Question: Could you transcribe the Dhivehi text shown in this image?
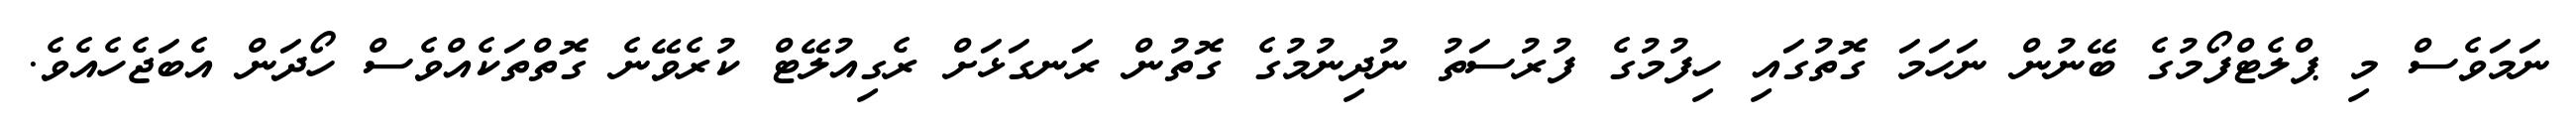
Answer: ނަމަވެސް މި ޕްލެޓްފޯމުގެ ބޭނުން ނަހަމަ ގޮތުގައި ހިފުމުގެ ފުރުސަތު ނުދިނުމުގެ ގޮތުން ރަނގަޅަށް ރެގިއުލޭޓް ކުރެވޭނެ ގޮތްތަކެއްވެސް ހޯދަން އެބަޖެހެއެވެ.